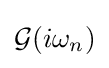
{\textstyle {\mathcal {G}}(i\omega _{n})}